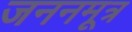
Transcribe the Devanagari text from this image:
जननमूत्र